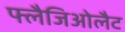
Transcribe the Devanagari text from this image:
फ्लैजिओलैट